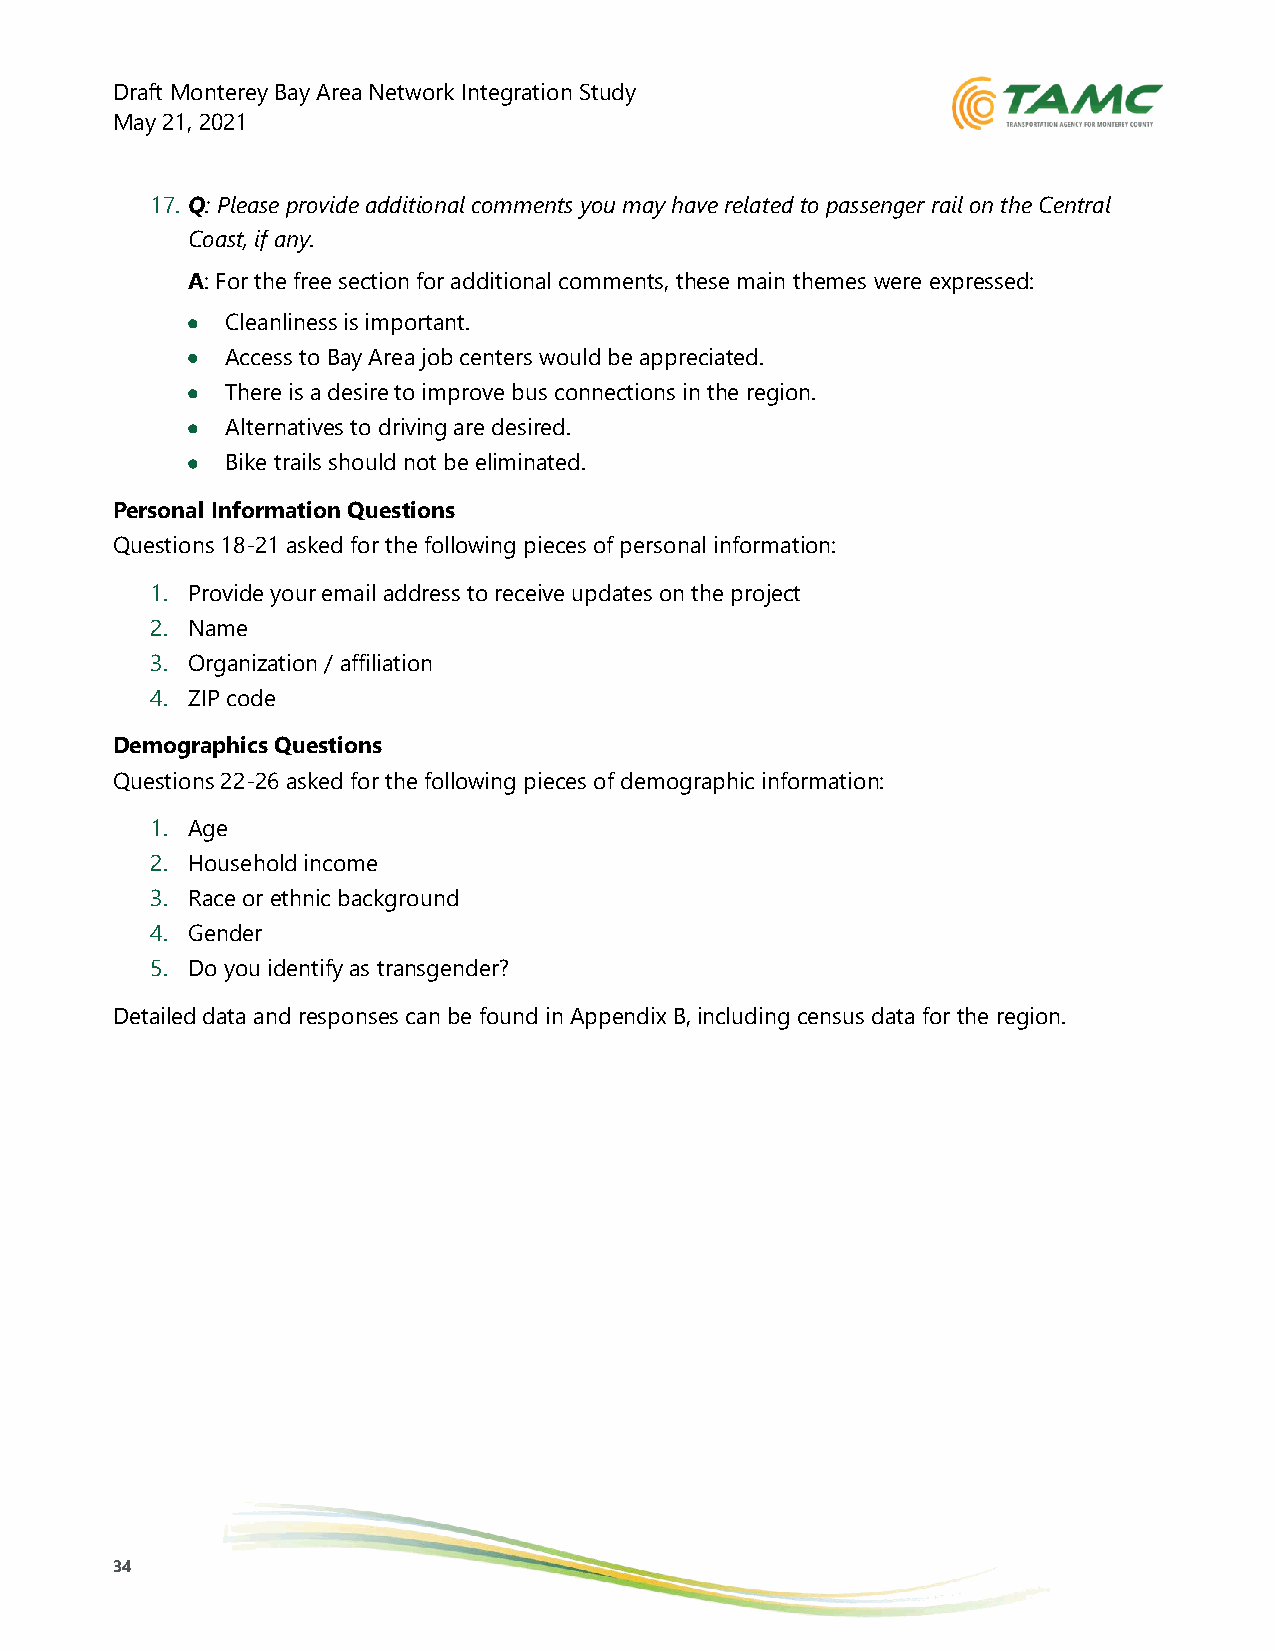
Draft Monterey Bay Area Network Integration Study
 May 21, 2021
 17. Q: Please provide additional comments you may have related to passenger rail on the Central
 Coast, if any.
 A: For the free section for additional comments, these main themes were expressed:
 •  Cleanliness is important.
 •  Access to Bay Area job centers would be appreciated.
 •  There is a desire to improve bus connections in the region.
 •  Alternatives to driving are desired.
 •  Bike trails should not be eliminated.
 Personal Information Questions
 Questions 18-21 asked for the following pieces of personal information:
 1. Provide your email address to receive updates on the project
 2. Name
 3. Organization / affiliation
 4. ZIP code
 Demographics Questions
 Questions 22-26 asked for the following pieces of demographic information:
 1. Age
 2. Household income
 3. Race or ethnic background
 4. Gender
 5. Do you identify as transgender?
 Detailed data and responses can be found in Appendix B, including census data for the region.
 34